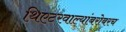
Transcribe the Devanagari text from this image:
थिएटरवाल्यांबरोबरच